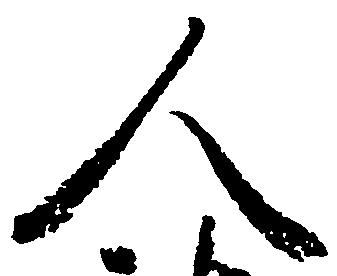
人